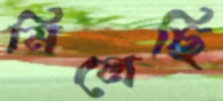
মিলেছি